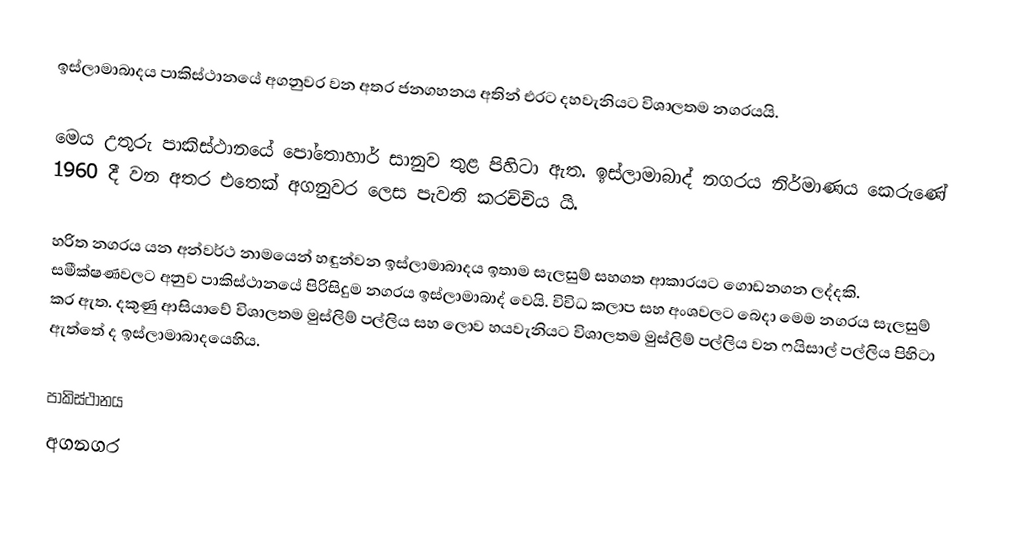
ඉස්ලාමාබාදය පාකිස්ථානයේ අගනුවර වන අතර ජනගහනය අතින් එරට දහවැනියට විශාලතම නගරයයි.

මෙය උතුරු පාකිස්ථානයේ පෝතොහාර් සානුව තුළ පිහිටා ඇත. ඉස්ලාමාබාද් නගරය නිර්මාණය කෙරුණේ 1960 දී වන අතර එතෙක් අගනුවර ලෙස පැවති කරච්චිය යි.

හරිත නගරය යන අන්වර්ථ නාමයෙන් හඳුන්වන ඉස්ලාමාබාදය ඉතාම සැලසුම් සහගත ආකාරයට ගොඩනගන ලද්දකි. සමීක්ෂණවලට අනුව පාකිස්ථානයේ පිරිසිදුම නගරය ඉස්ලාමාබාද් වෙයි. විවිධ කලාප සහ අංශවලට බෙදා මෙම නගරය සැලසුම් කර ඇත. දකුණු ආසියාවේ විශාලතම මුස්ලිම් පල්ලිය සහ ලොව හයවැනියට විශාලතම මුස්ලිම් පල්ලිය වන ෆයිසාල් පල්ලිය පිහිටා ඇත්තේ ද ඉස්ලාමාබාදයෙහිය.

පාකිස්ථානය
අගනගර